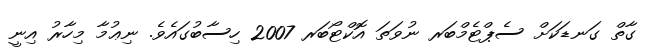
ގާތް ގަނޑަކަށް ސެޕްޓެމްބަރ ނުވަތަ އޮކްޓޯބަރ 2007 ހިސާބުގައެވެ. ނިޢުމާ މިހާރު އިނީ